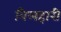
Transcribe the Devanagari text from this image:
बिलहारी